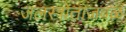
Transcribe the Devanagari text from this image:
जलस्त्रोताजवळ